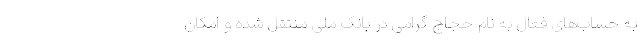
به حساب‌های فعال به نام حجاج گرامی در بانک ملی منتقل شده و امکان